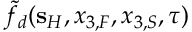
\tilde { f } _ { d } ( { \bf s } _ { H } , x _ { 3 , F } , x _ { 3 , S } , \tau )